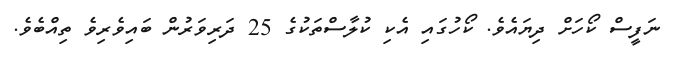
ނަފީސް ކޯހަށް ދިޔައެވެ. ކޯހުގައި އެކި ކުލާސްތަކުގެ 25 ދަރިވަރުން ބައިވެރިވެ ތިއްބެވެ.